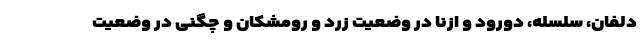
دلفان، سلسله، دورود و ازنا در وضعیت زرد و رومشکان و چگنی در وضعیت